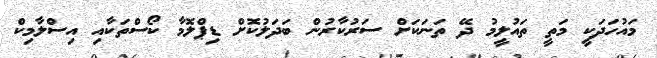
މައުހަދަކީ މަތީ ތައުލީމު ދޭ ތަނަކަށް ސަރުކާރުން ބަދަލުކޮށް ޑިޕްލޮމާ ކޯސްތަކާއި އިސްލާމިކް